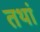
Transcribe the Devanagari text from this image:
तथां